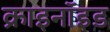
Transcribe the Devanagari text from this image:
क्राइनॉइड